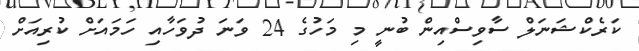
ކަރެކްޝަނަލް ސާވިސްއިން ބުނީ މި މަހުގެ 24 ވަނަ ދުވަހާއި ހަމައަށް ކުރިއަށް